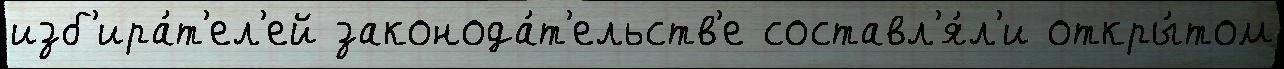
изб'ира́т'ел'ей законода́т'ельств'е составл'я́л'и откры́том